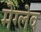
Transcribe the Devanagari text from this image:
मेग्लेव